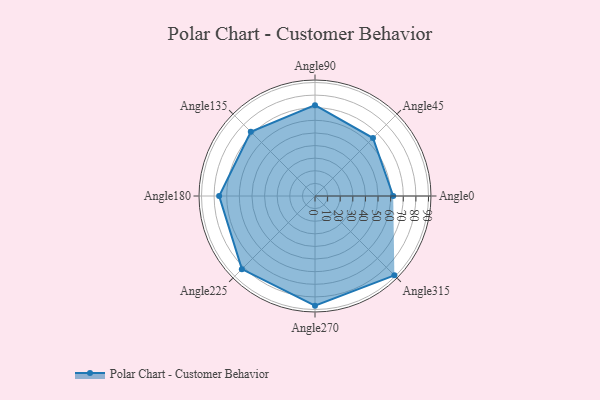
{"axis": {"x": "Angle", "y": "Radius"}, "legend": [""], "data": [{"x": "Angle0", "y": 62.0, "type": ""}, {"x": "Angle45", "y": 65.0, "type": ""}, {"x": "Angle90", "y": 72.0, "type": ""}, {"x": "Angle135", "y": 72.0, "type": ""}, {"x": "Angle180", "y": 76.0, "type": ""}, {"x": "Angle225", "y": 82.0, "type": ""}, {"x": "Angle270", "y": 87.0, "type": ""}, {"x": "Angle315", "y": 89.0, "type": ""}]}